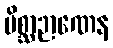
မိစ္ဆာဉာဏေန